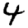
Digit: 4